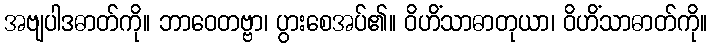
အဗျပါဒဓာတ်ကို။ ဘာဝေတဗ္ဗာ၊ ပွားစေအပ်၏။ ဝိဟိံသာဓာတုယာ၊ ဝိဟိံသာဓာတ်ကို။